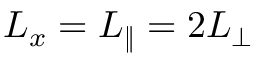
L _ { x } = L _ { \| } = 2 L _ { \perp }